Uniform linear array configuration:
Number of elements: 4
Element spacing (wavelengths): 0.25
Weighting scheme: kaiser
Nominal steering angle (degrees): -60
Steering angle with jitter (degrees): -59.207
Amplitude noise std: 0.05
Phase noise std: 0.05

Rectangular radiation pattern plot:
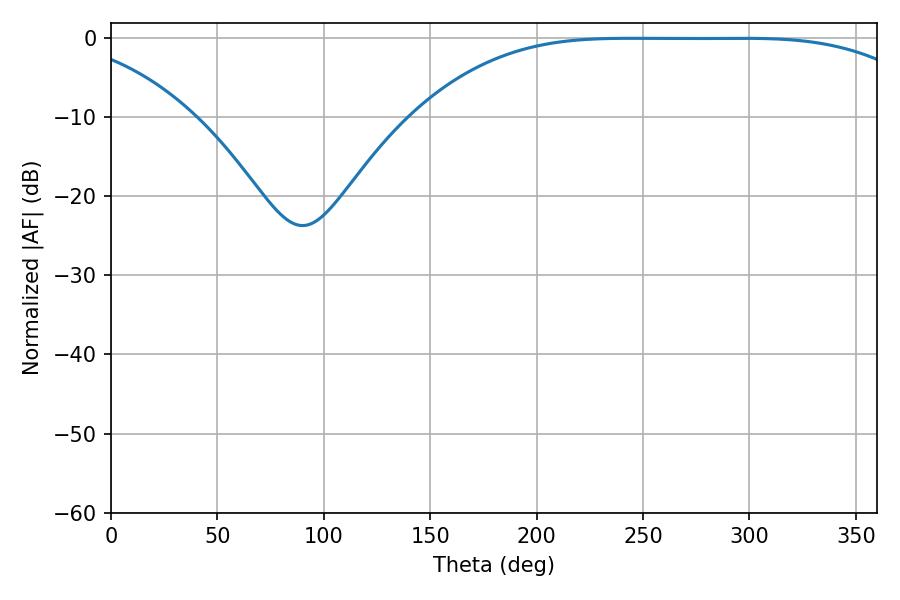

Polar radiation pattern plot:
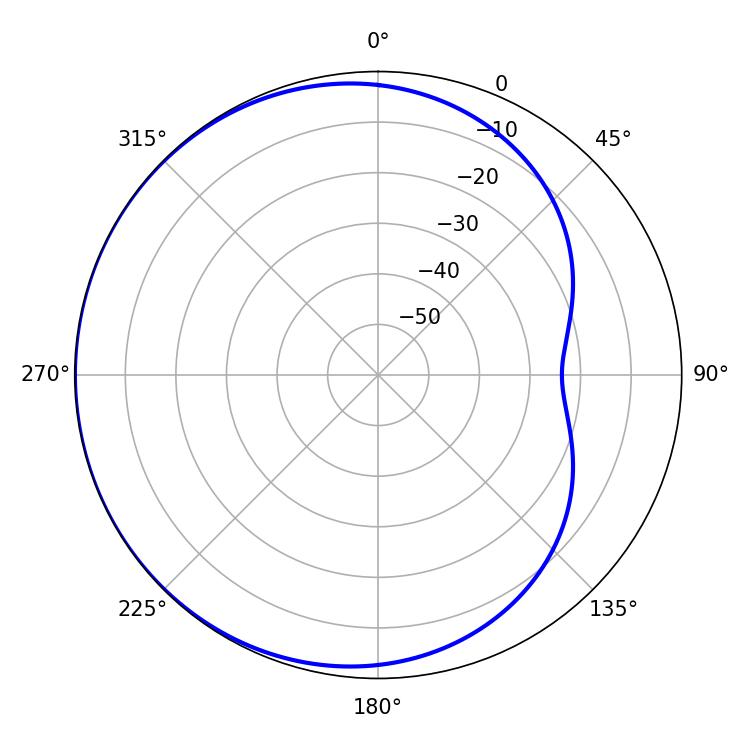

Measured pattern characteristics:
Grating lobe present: FALSE
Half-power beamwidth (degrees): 182.88
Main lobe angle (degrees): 244.08